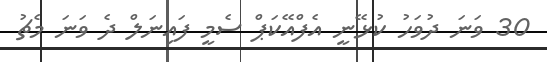
30 ވަނަ ދުވަހު ކުޅޭނީ އެފްއޭކަޕް ސެމީ ފައިނަލް ދެ ވަނަ މެޗު